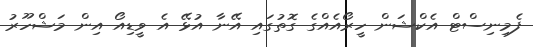
ފެމިނިސްޓް އެކްޝަން ހީރޯއެއްގެ ގޮތުގައި އޭނާ އުޅޭ އެ ވީޑިއޯ އިން މަޝްހޫރު